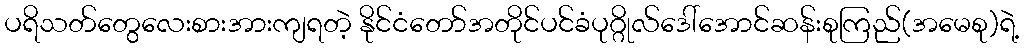
ပရိသတ်တွေလေးစားအားကျရတဲ့ နိုင်ငံတော်အတိုင်ပင်ခံပုဂ္ဂိုလ်ဒေါ်အောင်ဆန်းစုကြည်(အမေစု)ရဲ့